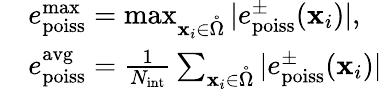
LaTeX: \begin{array}{rl}&{e_{\mathrm{poiss}}^{\mathrm{max}}=\operatorname*{max}_{\textbf{x}_{i}\in\mathring{\Omega}}|e_{\mathrm{poiss}}^{\pm}(\textbf{x}_{i})|,}\\ &{e_{\mathrm{poiss}}^{\mathrm{avg}}=\frac{1}{N_{\mathrm{int}}}\sum_{\textbf{x}_{i}\in\mathring{\Omega}}|e_{\mathrm{poiss}}^{\pm}(\textbf{x}_{i})|}\end{array}